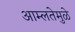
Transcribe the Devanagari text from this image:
आम्लतेमुळे